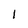
Character: I